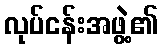
လုပ်ငန်းအဖွဲ့၏